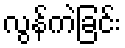
လွန်ကဲခြင်း